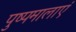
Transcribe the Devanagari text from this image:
पुष्पमालाएं